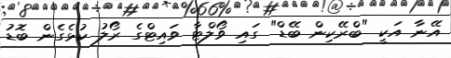
އޭނާ އަކީ "ބްރޭކިން ބޭޑް" ގައި ވޯލްޓާ ވައިޓްގެ ރޯލު ކުޅެގެން ބޮޑު